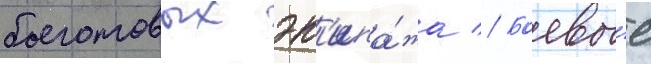
боеготовых эк'ипа́жа // Боевы́е